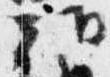
朝